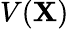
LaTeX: V(\mathbf{X})